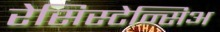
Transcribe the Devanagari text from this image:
रेसिस्टेन्सिअ